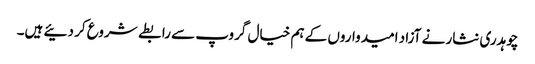
چوہدری نثار نے آزاد امیدواروں کے ہم خیال گروپ سے رابطے شروع کر دئیے ہیں۔